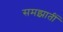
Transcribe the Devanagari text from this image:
समझातीं